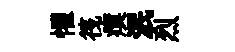
懼筏瘼泯烈